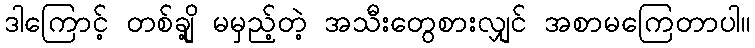
ဒါကြောင့် တစ်ချို့ မမှည့်တဲ့ အသီးတွေစားလျှင် အစာမကြေတာပါ။